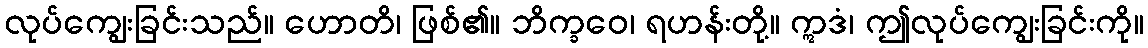
လုပ်ကျွေးခြင်းသည်။ ဟောတိ၊ ဖြစ်၏။ ဘိက္ခဝေ၊ ရဟန်းတို့။ ဣဒံ၊ ဤလုပ်ကျွေးခြင်းကို။